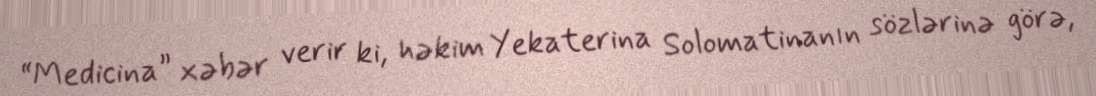
“Medicina” xəbər verir ki, həkim Yekaterina Solomatinanın sözlərinə görə,